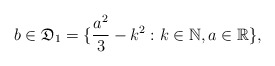
\begin{align*}b\in\mathfrak{D}_1=\{\frac{a^2}{3}-k^2: k\in \mathbb{N}, a\in\mathbb{R}\},\end{align*}